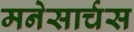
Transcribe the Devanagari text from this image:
मनेसार्चस